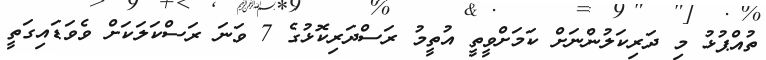
ތުއްޕުޅު މި ދަރިކަލުންނަށް ކަމަށްވީތީ އުތީމު ރަސްދަރިކޮޅުގެ 7 ވަނަ ރަސްކަލަކަށް ވެވަޑައިގަތީ